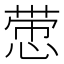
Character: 𰑵